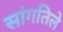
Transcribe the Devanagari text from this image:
सांगतिले